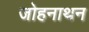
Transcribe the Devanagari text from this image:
जोहनाथन